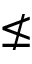
\nleq